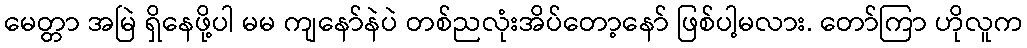
မေတ္တာ အမြဲ ရှိနေဖို့ပါ မမ ကျနော်နဲပဲ တစ်ညလုံးအိပ်တော့နော် ဖြစ်ပါ့မလား. တော်ကြာ ဟိုလူက